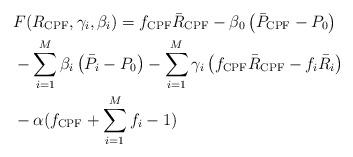
LaTeX: \begin{align*}&F(R_{\mathrm{CPF}},\gamma_i,\beta_i)=f_{\mathrm{CPF}}\bar{R}_{\mathrm{CPF}}-\beta_0 \left(\bar{P}_{\mathrm{CPF}}-P_{0} \right) \\&- \sum_{i=1}^M \beta_i \left(\bar{P}_{i}-P_{0} \right) - \sum_{i=1}^M \gamma_i \left( f_{\mathrm{CPF}}\bar{R}_{\mathrm{CPF}}-f_i\bar{R}_{i} \right)\\&-\alpha( f_{\mathrm{CPF}}+\sum_{i=1}^M f_i -1)\end{align*}